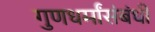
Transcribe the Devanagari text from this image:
गुणधर्मांसंबंधी